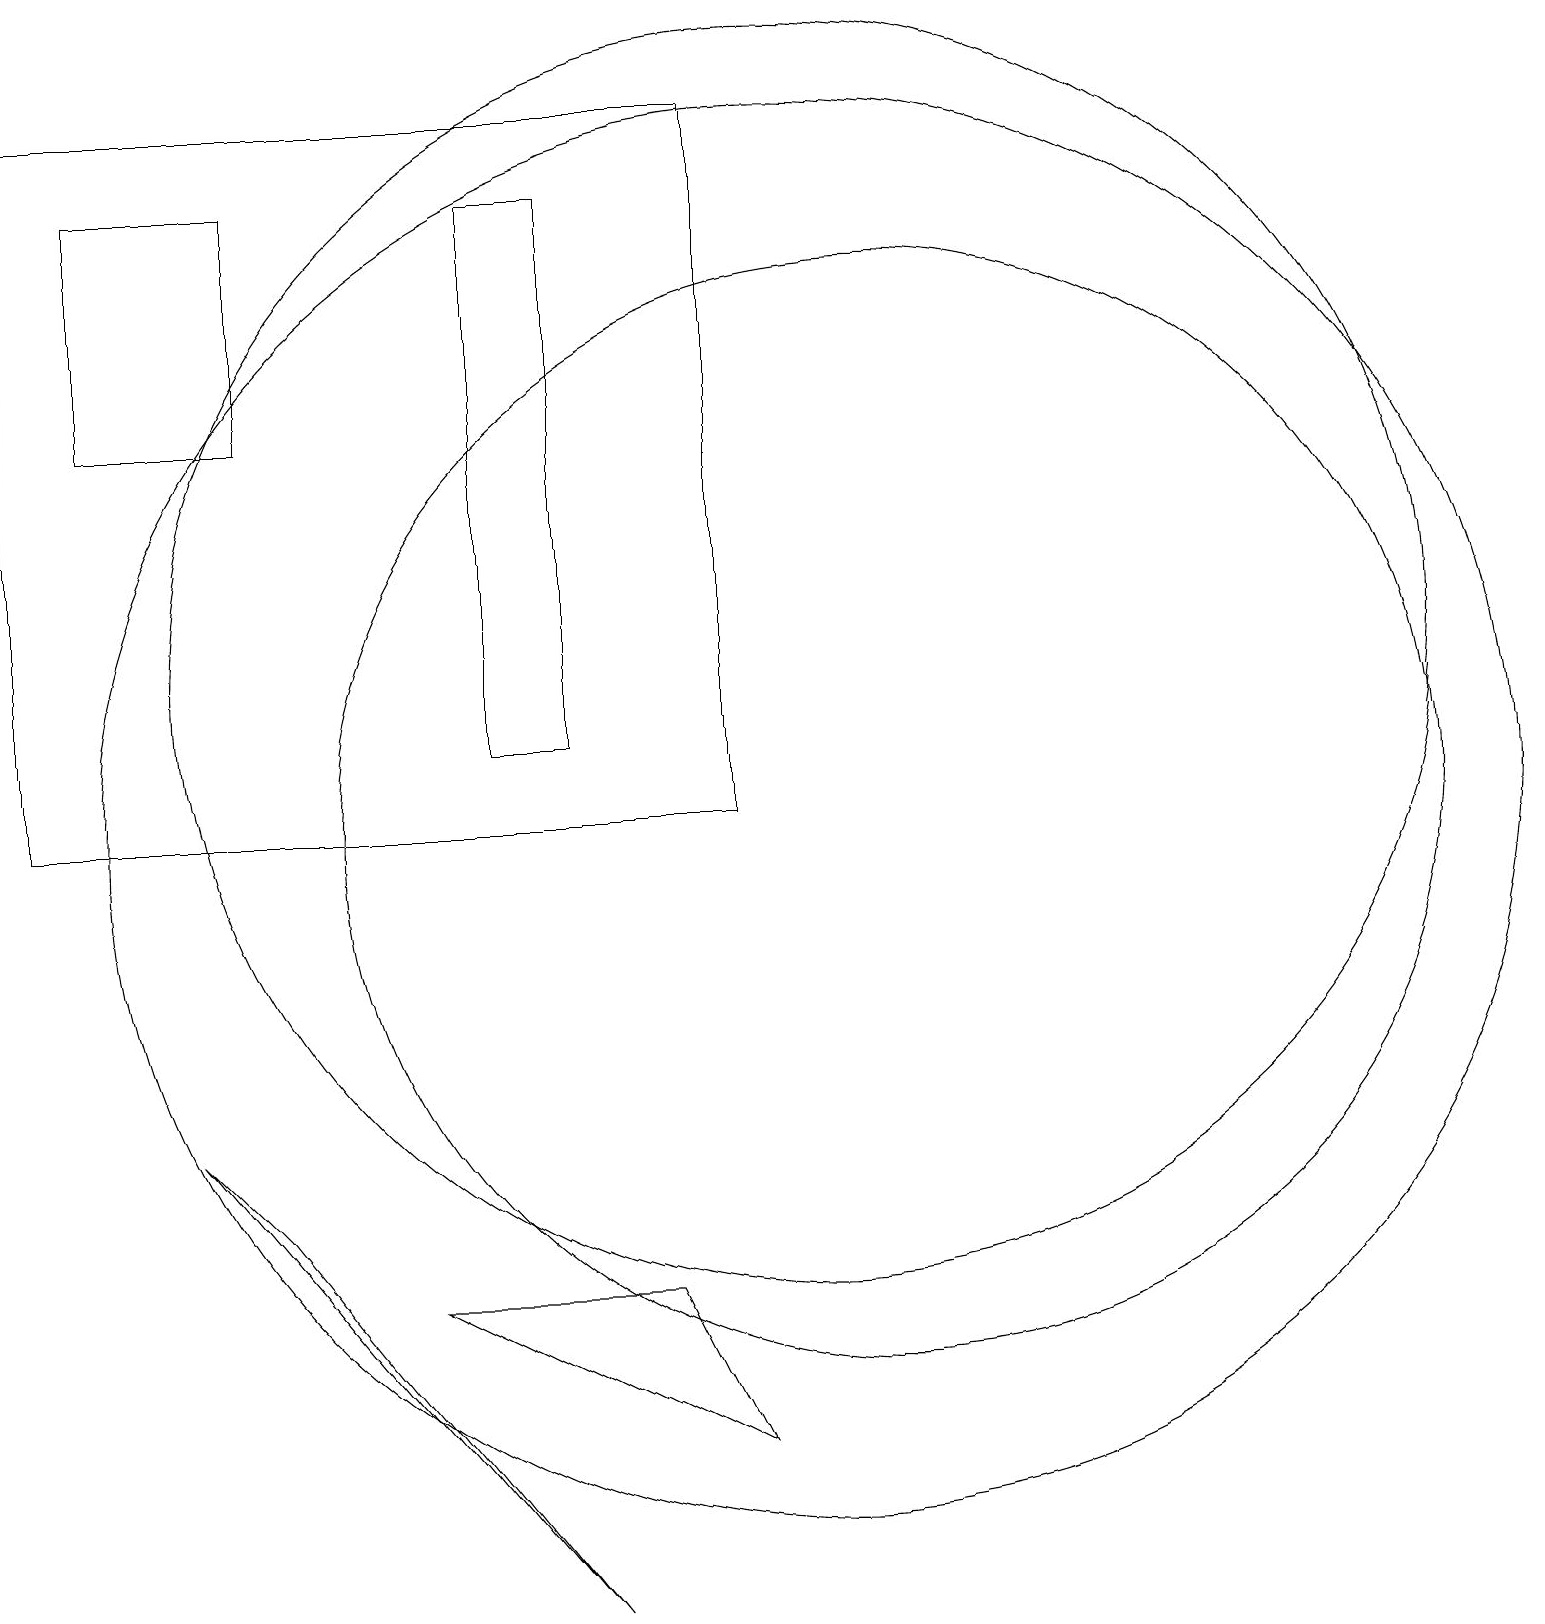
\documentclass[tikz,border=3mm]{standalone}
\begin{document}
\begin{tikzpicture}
\draw (3,5) -- (7,0) -- (2,6) -- cycle;
\draw (1,18) rectangle (3,15);
\draw (10,12) circle (8);
\draw (7,18) rectangle (6,11);
\draw (0,10) rectangle (9,19);
\draw (10,10) circle (9);
\draw (5,4) -- (8,4) -- (9,2) -- cycle;
\draw (11,10) circle (7);
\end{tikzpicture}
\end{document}